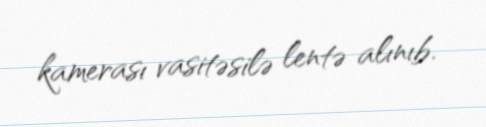
kamerası vasitəsilə lentə alınıb.